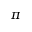
\pi